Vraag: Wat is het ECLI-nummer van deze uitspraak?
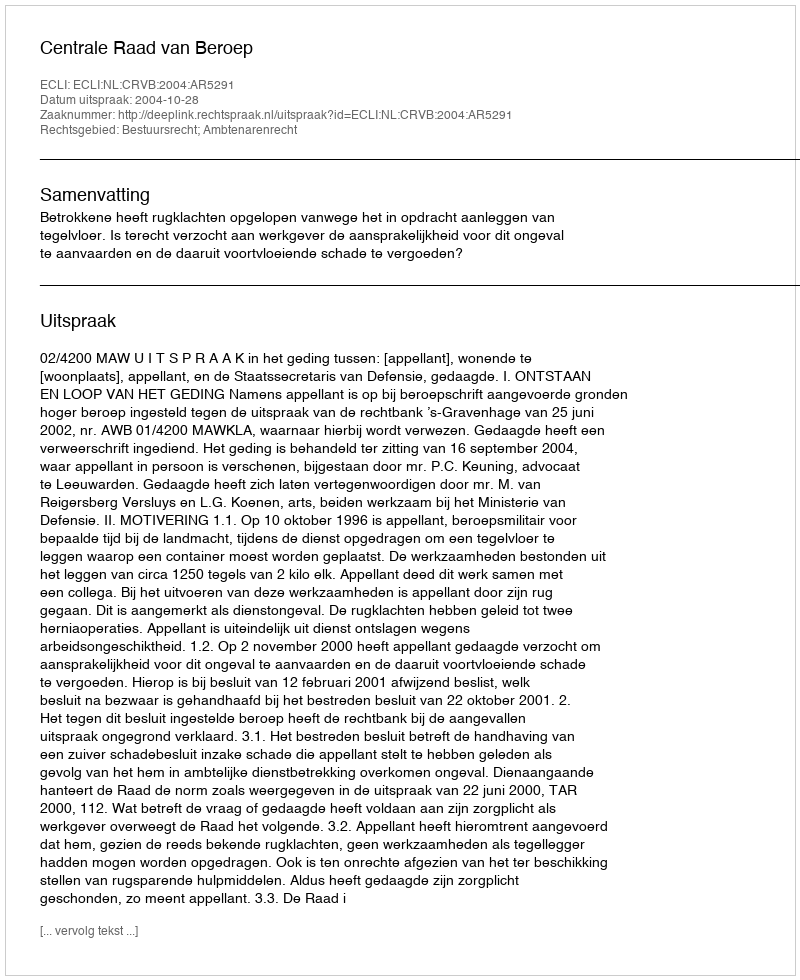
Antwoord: ECLI:NL:CRVB:2004:AR5291